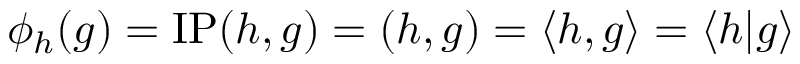
\phi _ { h } ( g ) = { \mathrm { I P } } ( h , g ) = ( h , g ) = \langle h , g \rangle = \langle h | g \rangle